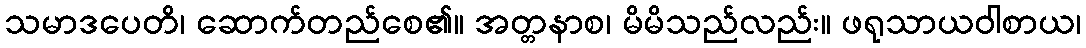
သမာဒပေတိ၊ ဆောက်တည်စေ၏။ အတ္တနာစ၊ မိမိသည်လည်း။ ဖရုသာယဝါစာယ၊